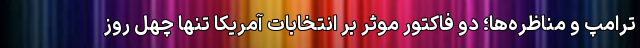
ترامپ و مناظره‌ها؛ دو فاکتور موثر بر انتخابات آمریکا تنها چهل روز